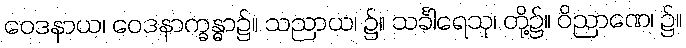
ဝေဒနာယ၊ ဝေဒနာက္ခန္ဓာ၌။ သညာယ၊ ၌။ သင်္ခါရေသု၊ တို့၌။ ဝိညာဏေ၊ ၌။